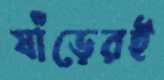
ষাঁড়েরই